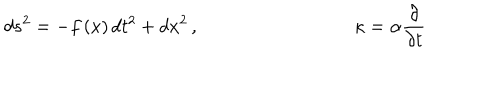
d s ^ { 2 } = - f \left( x \right) d t ^ { 2 } + d x ^ { 2 } \, , \, \, \kappa = \alpha \frac { \partial } { \partial t }